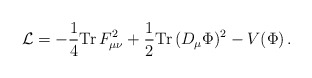
\begin{align*}{\cal L} = -{1\over 4} {\rm Tr}\,F_{\mu\nu}^2 + {1\over 2}{\rm Tr}\, (D_\mu\Phi)^2 -V(\Phi) \, .\end{align*}